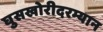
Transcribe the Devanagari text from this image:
घुसखोरीदरम्यान